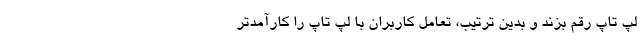
لپ تاپ رقم بزند و بدین ترتیب، تعامل کاربران با لپ تاپ را کارآمدتر